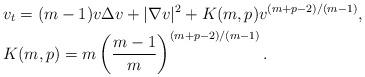
LaTeX: \begin{align*}&v_t=(m-1)v\Delta v+|\nabla v|^2+K(m,p)v^{(m+p-2)/(m-1)}, \\ &K(m,p)=m\left(\frac{m-1}{m}\right)^{(m+p-2)/(m-1)}.\end{align*}